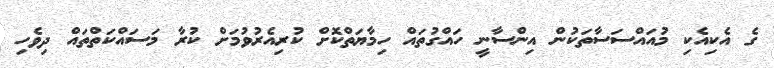
ގެ އެކިއެކި މުއައްސަސާތަކުން އިންސާނީ ހައްގުތައް ހިމާޔަތްކޮށް ކުރިއެރުވުމަށް ކުރާ މަސައްކަތްތައް ދިވެހި